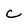
Character: C